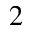
^ { 2 }